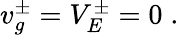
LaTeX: \begin{array}{r}{v_{g}^{\pm}=V_{E}^{\pm}=0\; .}\end{array}